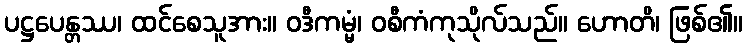
ပဋ္ဌပေန္တဿ၊ ထင်စေသူအား။ ဝဒီကမ္မံ၊ ဝစီကံကုသိုလ်သည်။ ဟောတိ၊ ဖြစ်၏။